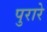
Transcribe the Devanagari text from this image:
पुरारे